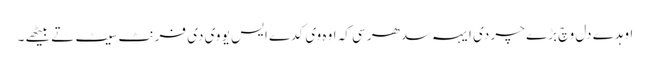
اوہدے دل وچ بڑے چر دی ایہہ سدھر سی کہ اوہ وی کدے ایس یو وی دی فرنٹ سیٹ تے بیٹھے ۔